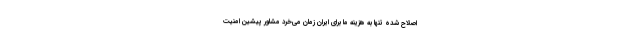
اصلاح شده تنها به هزینه ما برای ایران زمان می‌خرد مشاور پیشین امنیت